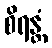
စိရန္တံ